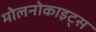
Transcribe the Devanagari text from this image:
मोलनोकाइट्स